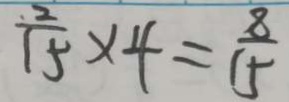
\frac { 2 } { 1 5 } \times 4 = \frac { 8 } { 1 5 }